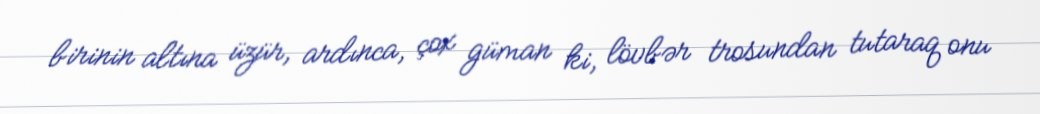
birinin altına üzür, ardınca, çox güman ki, lövbər trosundan tutaraq onu